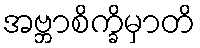
အဗ္ဘာစိက္ခိမှာတိ